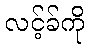
လင့်ခ်ကို